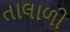
તાલાળી